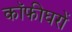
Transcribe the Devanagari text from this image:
कॉफीघरों